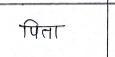
मजकूर: पिता